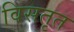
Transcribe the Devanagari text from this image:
विसतृत